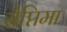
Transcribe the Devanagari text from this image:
सेप्तिमा